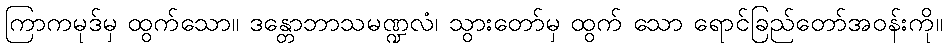
ကြာကမုဒ်မှ ထွက်သော။ ဒန္တောဘာသမဏ္ဍလံ၊ သွားတော်မှ ထွက် သော ရောင်ခြည်တော်အဝန်းကို။